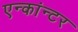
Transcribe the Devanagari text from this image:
एन्कांन्टर